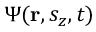
\Psi ( \mathbf { r } , s _ { z } , t )